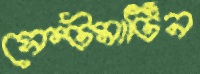
সেন্টমার্টিন